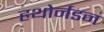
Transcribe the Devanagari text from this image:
हथोर्नडन